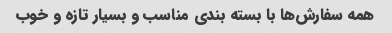
همه سفارش‌ها با بسته بندی مناسب و بسیار تازه و خوب